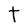
Character: t